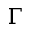
\Gamma